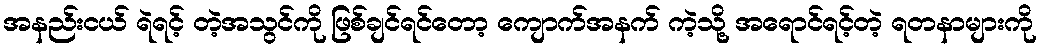
အနည်းငယ် ရဲရင့် တဲ့အသွင်ကို ဖြစ်ချင်ရင်တော့ ကျောက်အနက် ကဲ့သို့ အရောင်ရင့်တဲ့ ရတနာများကို